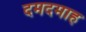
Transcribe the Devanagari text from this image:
दमदमाह